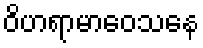
ဝိဟရာမာဝေသနေ